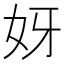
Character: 𫰎